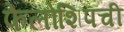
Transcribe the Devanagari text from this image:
फेलोशिपची